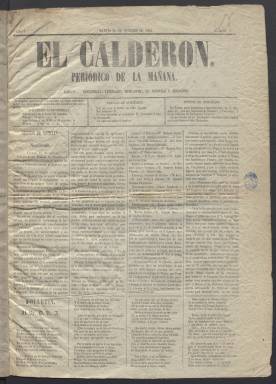
Título: El Calderón (Palma de Mallorca. Periódico)
Colección: Periódicos
Ámbito geográfico: Baleares
Lugar de publicación: Palma de Mallorca
Fechas: 29/10/1861-29/11/1861